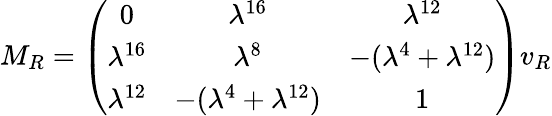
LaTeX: M_{R}=\left(\begin{array}{ccc}{{0}}&{{\lambda^{16}}}&{{\lambda^{12}}}\\ {{\lambda^{16}}}&{{\lambda^{8}}}&{{-(\lambda^{4}+\lambda^{12})}}\\ {{\lambda^{12}}}&{{-(\lambda^{4}+\lambda^{12})}}&{{1}}\end{array}\right)v_{R}